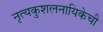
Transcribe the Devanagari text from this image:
नृत्यकुशलनायिकेची